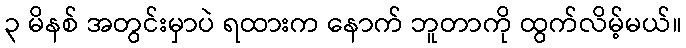
၃ မိနစ် အတွင်းမှာပဲ ရထားက နောက် ဘူတာကို ထွက်လိမ့်မယ်။